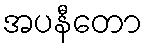
အပနီတော